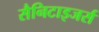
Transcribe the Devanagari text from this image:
सैनिटाइजर्स